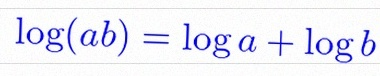
\log(ab)=\log a+\log b